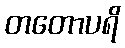
တတောပရိ